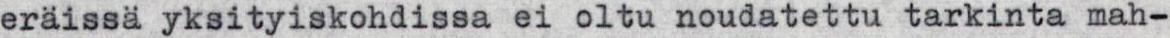
eräissä yksityiskohdissa ei oltu noudatettu tarkinta mah-